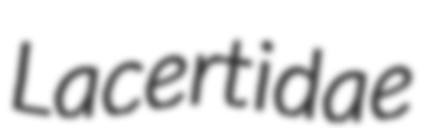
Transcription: Lacertidae